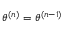
\boldsymbol { \theta ^ { ( n ) } } = \boldsymbol { \theta ^ { ( n - 1 ) } }